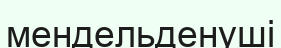
мендельденуші